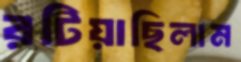
রটিয়াছিলাম